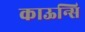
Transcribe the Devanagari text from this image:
काऊन्सि